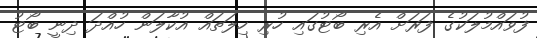
ފުވައްމުލަކުގެ ފަރަށް އެރި ބޯޓުގައި ހުރި ހިލަތައް އުކާލަން ހުއްދަ ދިނީ ބޯޓު